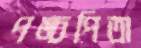
পঙ্চপিতা